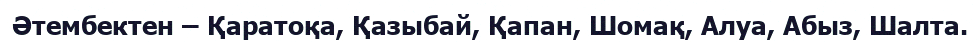
Әтембектен – Қаратоқа, Қазыбай, Қапан, Шомақ, Алуа, Абыз, Шалта.